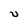
Character: U